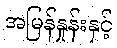
အမြန်နှုန်းနှင့်